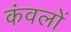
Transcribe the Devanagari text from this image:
कंवलों